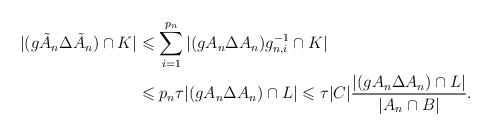
\begin{align*}|(g\tilde A_n\Delta\tilde A_n)\cap K| & \leqslant\sum_{i=1}^{p_n}|(gA_n\Delta A_n)g_{n,i}^{-1}\cap K| \\ & \leqslant p_n\tau |(gA_n\Delta A_n)\cap L| \leqslant \tau |C|\frac{|(gA_n\Delta A_n)\cap L|}{|A_n\cap B|}.\end{align*}